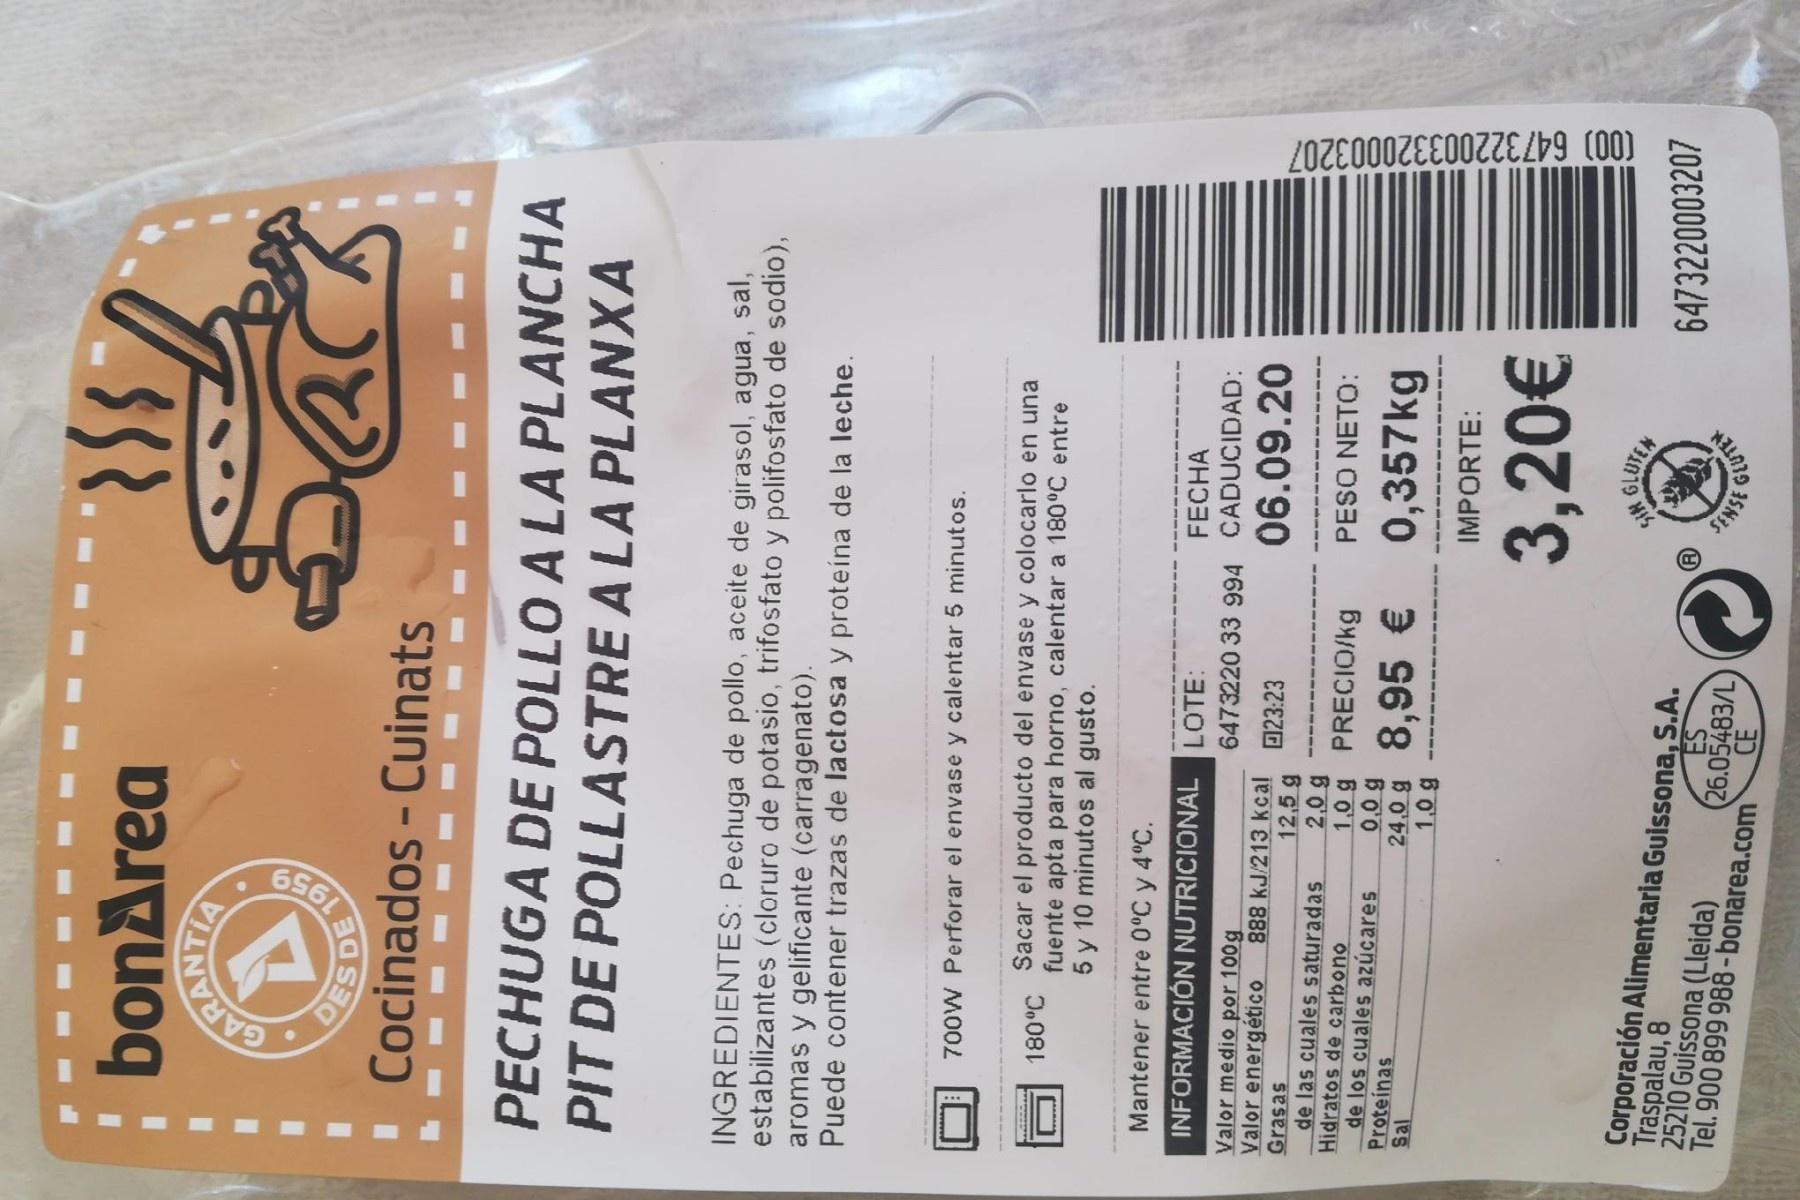
DE 1959
(00) 647322003320003207
bonArea
RANTIA
Cocinados - Cuinats
PECHUGA DE POLLO A LA PLANCHA PIT DE POLLASTRE A LA PLANXA
INGREDIENTES: Pechuga de pollo, aceite de girasol, agua, sal, estabilizantes (cloruro de potasio, trifosfato y polifosfato de sodio), aromas y gelificante (carragenato). Puede contener trazas de lactosa y proteína de la leche.
700W Perforar el envase y calentar 5 minutos.
Sacar el producto del envase y colocarlo en una fuente apta para horno, calentar a 180°C entre 5 y 10 minutos al gusto.
Mantener entre 0°C y 4°C.
INFORMACIÓN NUTRICIONAL LOTE:
FECHA
Valor medio por 100g Valor energético Grasas de las cuales saturadas Hidratos de carbono de los cuales azúcares Proteínas
6473220 33 994 CADUCIDAD:
888 kJ/213 kcal 12,5 g 2,0 g 1,0 g PRECIO/kg
023:23
06.09.20
PESO NETO:
B00 24.0 g 8,95 €
0,357kg
IMPORTE:
3,20€
Corporación Alimentaria Guissona, S.A.
Traspalau, 8 25210 Guissona (Lleida)
6473220003207
ES (26.05483/L) Tel. 900 899 988 -bonarea.com
CE
35NIS